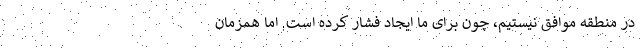
در منطقه موافق نیستیم، چون برای ما ایجاد فشار کرده است. اما همزمان